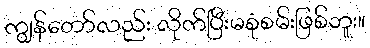
ကျွန်တော်လည်း လိုက်ပြီးမစုံစမ်းဖြစ်ဘူး။